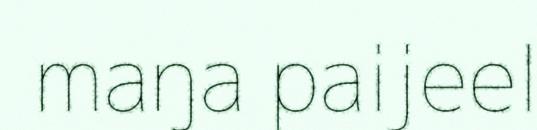
maŋa paijeel